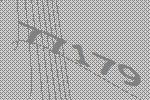
77179